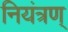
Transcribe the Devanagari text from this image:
नियंत्रण्